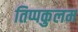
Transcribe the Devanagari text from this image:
तिप्पकुलम